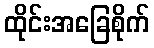
ထိုင်းအခြေစိုက်